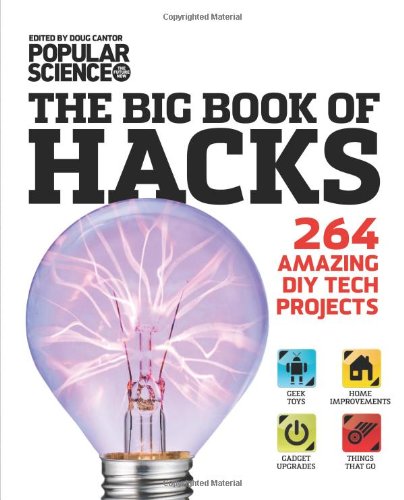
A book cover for The Big Book of Hacks: 264 Amazing DIY Tech Projects; Doug Cantor; Engineering & Transportation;